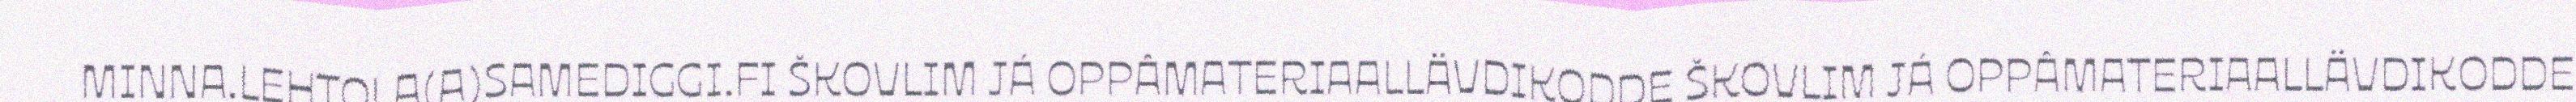
MINNA.LEHTOLA(A)SAMEDIGGI.FI ŠKOVLIM JÁ OPPÂMATERIAALLÄVDIKODDE ŠKOVLIM JÁ OPPÂMATERIAALLÄVDIKODDE